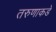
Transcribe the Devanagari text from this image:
तरुणाकडे